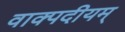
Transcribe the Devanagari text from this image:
वाक्पदीयम्‌